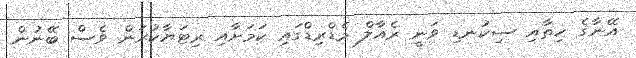
އޭނާގެ ހިތާއި ސިކުނޑި ވަނީ ރެއާލް މެޑްރިޑްގައި ކަމަށާއި ރިޓަޔާކުރަން ވެސް ބޭނުން